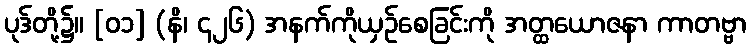
ပုဒ်တို့၌။ [၀၁] (နိ၊ ၄၂၆) အနက်ကိုယှဉ်စေခြင်းကို အတ္ထယောဇနာ ကာတဗ္ဗာ